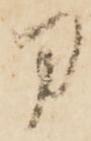
刀